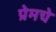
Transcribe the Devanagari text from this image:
प्रेमचे